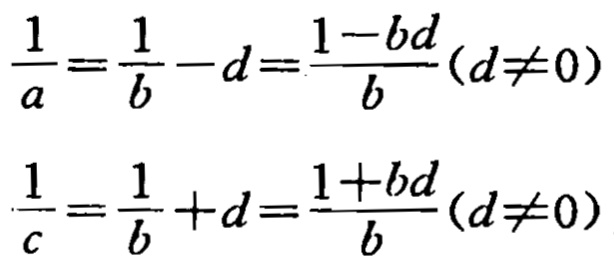
\[\frac{1}{a}=\frac{1}{b}-d=\frac{1 - bd}{b}(d\neq0)\]
\[\frac{1}{c}=\frac{1}{b}+d=\frac{1 + bd}{b}(d\neq0)\]